Lock hospitals Punjab
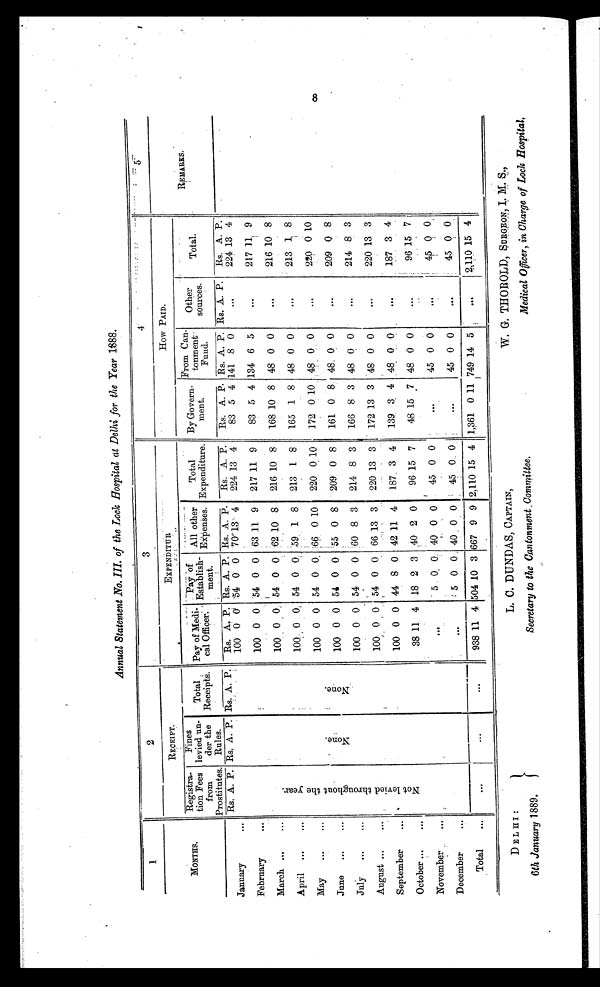
Annual Statement No. III. of the Lock Hospital at Delhi for the Year 1888 .
1
2
3
4
5
MONTHS.
RECEIPT.
E X P E N D I T U R
How PAID.
Registra-
tion Fees
from
Prostitutes.
Fines
levied un-
der the
Rules.
Total
Receipts.
Pay of Medi-
cal Officer:
Pay of
Establish-
ment.
All other
Expenses.
Total
Expenditure.
By Govern-
ment.
From Can
tonment
Fund.
Other
sources.
Total.
REMARKS.
Rs. A. P. Rs. A. P. Rs. A. P.
Rs. A. P. Rs. A. P. Rs. A. P. Rs. A. P.
Rs. A. P. Rs. A. P. Rs. A. P. Rs. A. P.
January
...
.
.
100 0
0 54 0 0 70
1 3 4 224 13 4
83 5 4 141 8 0
...
224 13 4
February
...
100 0 0 54 0 0 63 11 9 217 11 9
83 5 4 134 6 5
...
217 11 9
March ...
. . .
N o t l e v i e d t h r o u g h o u t t h e y e a r .
100 0 0 54 0 0 6210 8 216 10 8
168 10 8 48 0 0
...
216 10 8
April ...
...
100 0 0 54 0 0 59 1 8 213 1 8
165 1 8 48 0 0
...
213 1 8
May
...
. . .
None.
N o n e .
100 0 0 54 0 0 66 0 10 220 0 10
172 0 10 48 0 0
...
220 0 10
Jane...
. . .
100 0 0 54 0 0 55 0 8 209 0 8
161 0 8 48 0 0
...
209
0 8
July
...
...
100 0 0 54 0 0 60 8 3 214 8 3
166 8 3 48 0 0
...
214 8 3
August ...
...
100 0 0 54 0 0 66 13 3 220 13 3
172 13 3 48 0 0
...
220 13 3
September
...
100 0 0 44 8 0 42 11 4 187 3 4
139 3 4 48 0 0
...
187 3 4
October ...
...
38 11 4 18 2 3 40 2 0
96 15 7
48 15 7 48 0 0
...
96 15 7
November
...
...
5 0 0 40 0 0
45 0 0
. . .
45 0 0
...
45 0 0
December
. . .
. . .
5 0 0 40 0 0
45 0 0
...
45 0 0
...
45 0 0
Total
. . .
...
...
. . .
938 11 4 504 10 3 667 9 9 2,110 15 4 1,361 0 11 749 14 5
...
2,110 15 4
8
DELHI:
6th January 1889.
L. C. DUNDAS, CAPTAIN,
Secretary to the Cantonment Committee,
W. G. THOROLD, SURGEON, I. M. S.,
Medical Officer, in Charge of Lock Hospital.